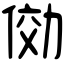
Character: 俲